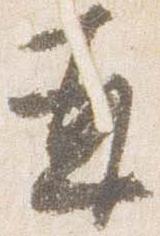
并